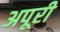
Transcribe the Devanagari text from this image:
अपूरी